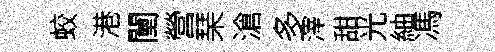
蛟港闉營琹滄多滓甜光紬馮